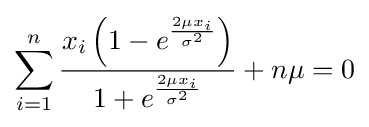
\sum _{i=1}^{n}{\frac {x_{i}\left(1-e^{\frac {2\mu x_{i}}{\sigma ^{2}}}\right)}{1+e^{\frac {2\mu x_{i}}{\sigma ^{2}}}}}+n\mu =0